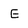
Character: E